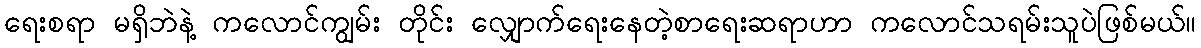
ရေးစရာ မရှိဘဲနဲ့ ကလောင်ကျွမ်း တိုင်း လျှောက်ရေးနေတဲ့စာရေးဆရာဟာ ကလောင်သရမ်းသူပဲဖြစ်မယ်။